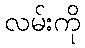
လမ်းကို